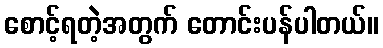
စောင့်ရတဲ့အတွက် တောင်းပန်ပါတယ်။